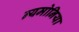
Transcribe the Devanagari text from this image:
न्यमोनिया